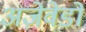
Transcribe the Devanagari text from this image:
अज़ेवेडो